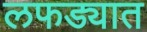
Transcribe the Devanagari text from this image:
लफड्यात